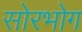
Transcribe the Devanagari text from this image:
सोरभोग